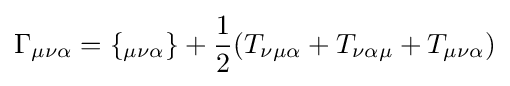
\Gamma _{\mu \nu \alpha }=\{_{\mu \nu \alpha }\}+{\frac {1}{2}}(T_{\nu \mu \alpha }+T_{\nu \alpha \mu }+T_{\mu \nu \alpha })